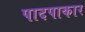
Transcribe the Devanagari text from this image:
पादपाकार